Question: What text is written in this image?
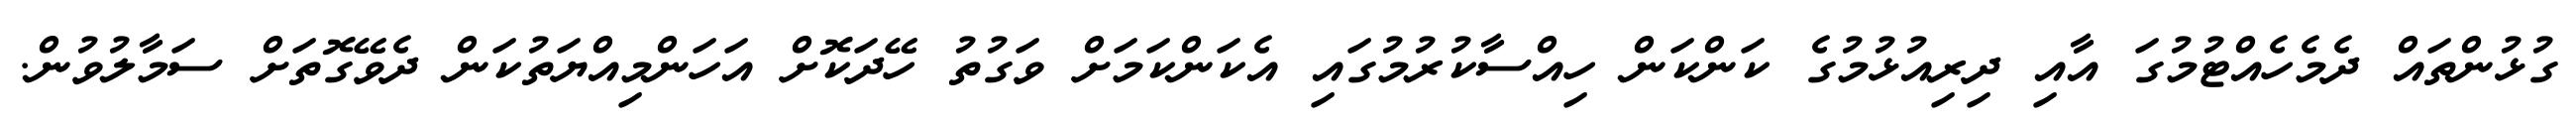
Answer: ގުޅުންތައް ދެމެހެއްޓުމުގަ އާއި ދިރިއުޅުމުގެ ކަންކަން ހިއްސާކުރުމުގައި އެކަންކަމަށް ވަގުތު ހޭދަކޮށް އަހަންމިއްޔަތުކަން ދެވޭގޮތަށް ސަމާލުވުން.